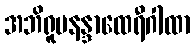
အဘိရူပနန္ဒာထေရီဂါထာ